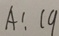
A : 1 9